Civil Veterinary Department. Madras. Admin. report 1926-33 - 1926-1933
Year: 1926
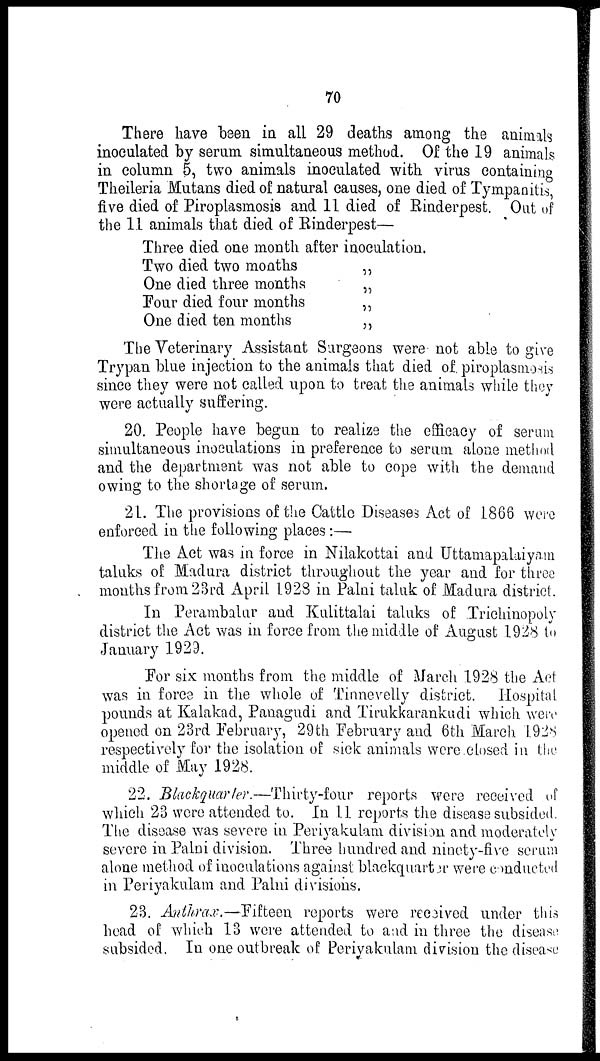
70
There have been in all 29 deaths among the animals
inoculated by serum simultaneous method. Of the 19 animals
in column 5, two animals inoculated with virus containing
Theileria Mutans died of natural causes, one died of Tympanitis,
five died of Piroplasmosis and 11 died of Rinderpest. Out of
the 11 animals that died of Rinderpest—
Three died one month after inoculation.
Two died two months
One died three months
Four died four months
One died ten months
„
„
„
„
The Veterinary Assistant Surgeons were not able to give
Trypan blue injection to the animals that died of. piroplasmosis
since they were not called upon to treat the animals while they
were actually suffering.
20. People have begun to realize the efficacy of serum
simultaneous inoculations in preference to serum alone method
and the department was not able to cope with the demand
owing to the shortage of serum.
21. The provisions of the Cattle Diseases Act of 1866 were
enforced in the following places:—
The Act was in force in Nilakottai and Uttamapalaiyam
taluks of Madura district throughout the year and for three
months from 23rd April 1928 in Palni taluk of Madura district.
In Perambalur and Kulittalai taluks of Trichinopoly
district the Act was in force from the middle of August 1928 to
January 1929.
For six months from the middle of March 1928 the Act
was in force in the whole of Tinnevelly district. Hospital
pounds at Kalakad, Panagudi and Tirukkarankudi which were
opened on 23rd February, 29th February and 6th March 1928
respectively for the isolation of sick animals were closed in the
middle of May 1928.
22. Blackquar fer.—Thirty-four reports were received of
which 23 were attended to. In 11 reports the disease subsided.
The disease was severe in Periyakulam division and moderately
severe in Palni division. Three hundred and ninety-five serum
alone method of inoculations against blackquart or were conducted
in Periyakulam and Palni divisions.
23. Anthrax.—Fifteen reports were received under this
head of which 13 were attended to and in three the disease
subsided. In one outbreak of Periyakulam division the disease